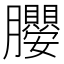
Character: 𭩖